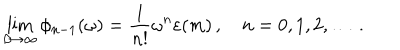
LaTeX: \lim _ { \beta \to \infty } \phi _ { n - 1 } ( \omega ) = \frac { 1 } { n ! } \omega ^ { n } \varepsilon ( m ) \, , \quad n = 0 , 1 , 2 , \dots \, .